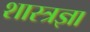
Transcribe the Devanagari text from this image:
शास्त्रज्ञा